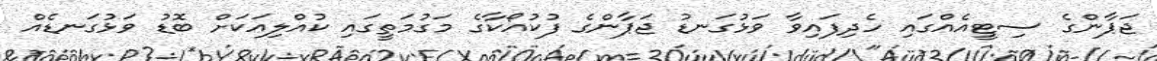
ޖަޕާންގެ ސިޓީއެއްގައި ހެދިފައިވާ ވަޅުގަނޑު ޖަޕާންގެ ފުކުއޯކާގެ މަގުމަތީގައި ކުއްލިއަކަށް ބޮޑު ވަޅުގަނޑެއް